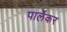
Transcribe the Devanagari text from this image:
पार्लेकर